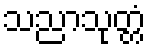
သညာသုတ္တံ